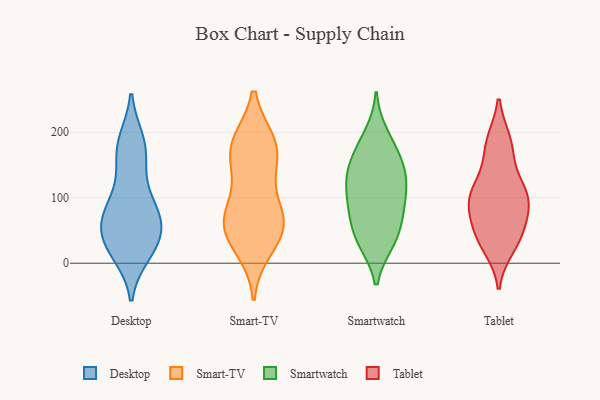
{"axis": {"x": "Website Visitors", "y": "Value"}, "legend": ["Desktop", "Smart-TV", "Smartwatch", "Tablet"], "data": [{"x": "", "y": 74, "type": "Desktop"}, {"x": "", "y": 160, "type": "Desktop"}, {"x": "", "y": 69, "type": "Desktop"}, {"x": "", "y": 20, "type": "Desktop"}, {"x": "", "y": 62, "type": "Desktop"}, {"x": "", "y": 95, "type": "Desktop"}, {"x": "", "y": 186, "type": "Desktop"}, {"x": "", "y": 132, "type": "Desktop"}, {"x": "", "y": 53, "type": "Desktop"}, {"x": "", "y": 89, "type": "Desktop"}, {"x": "", "y": 178, "type": "Desktop"}, {"x": "", "y": 25, "type": "Desktop"}, {"x": "", "y": 66, "type": "Desktop"}, {"x": "", "y": 183, "type": "Desktop"}, {"x": "", "y": 24, "type": "Desktop"}, {"x": "", "y": 41, "type": "Desktop"}, {"x": "", "y": 15, "type": "Desktop"}, {"x": "", "y": 125, "type": "Smart-TV"}, {"x": "", "y": 180, "type": "Smart-TV"}, {"x": "", "y": 55, "type": "Smart-TV"}, {"x": "", "y": 170, "type": "Smart-TV"}, {"x": "", "y": 172, "type": "Smart-TV"}, {"x": "", "y": 182, "type": "Smart-TV"}, {"x": "", "y": 47, "type": "Smart-TV"}, {"x": "", "y": 71, "type": "Smart-TV"}, {"x": "", "y": 66, "type": "Smart-TV"}, {"x": "", "y": 24, "type": "Smart-TV"}, {"x": "", "y": 68, "type": "Smart-TV"}, {"x": "", "y": 131, "type": "Smartwatch"}, {"x": "", "y": 196, "type": "Smartwatch"}, {"x": "", "y": 177, "type": "Smartwatch"}, {"x": "", "y": 122, "type": "Smartwatch"}, {"x": "", "y": 95, "type": "Smartwatch"}, {"x": "", "y": 34, "type": "Smartwatch"}, {"x": "", "y": 141, "type": "Smartwatch"}, {"x": "", "y": 36, "type": "Smartwatch"}, {"x": "", "y": 33, "type": "Smartwatch"}, {"x": "", "y": 76, "type": "Smartwatch"}, {"x": "", "y": 64, "type": "Smartwatch"}, {"x": "", "y": 165, "type": "Smartwatch"}, {"x": "", "y": 85, "type": "Smartwatch"}, {"x": "", "y": 112, "type": "Smartwatch"}, {"x": "", "y": 145, "type": "Smartwatch"}, {"x": "", "y": 115, "type": "Tablet"}, {"x": "", "y": 185, "type": "Tablet"}, {"x": "", "y": 103, "type": "Tablet"}, {"x": "", "y": 109, "type": "Tablet"}, {"x": "", "y": 184, "type": "Tablet"}, {"x": "", "y": 26, "type": "Tablet"}, {"x": "", "y": 72, "type": "Tablet"}, {"x": "", "y": 84, "type": "Tablet"}, {"x": "", "y": 42, "type": "Tablet"}, {"x": "", "y": 37, "type": "Tablet"}, {"x": "", "y": 45, "type": "Tablet"}, {"x": "", "y": 95, "type": "Tablet"}, {"x": "", "y": 166, "type": "Tablet"}, {"x": "", "y": 106, "type": "Tablet"}]}